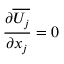
{ \frac { \partial \overline { { U _ { j } } } } { \partial x _ { j } } } = 0